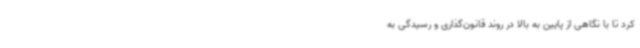
کرد تا با نگاهی از پایین به بالا در روند قانون‌گذاری و رسیدگی به